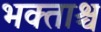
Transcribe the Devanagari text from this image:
भक्ताश्च